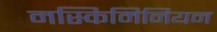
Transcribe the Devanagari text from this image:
मस्किमिनियन